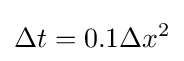
\Delta t=0.1\Delta x^{2}